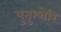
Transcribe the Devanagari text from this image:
पुतुश्शेरि